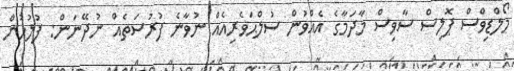
މޯލްޑިވްސް ޕޮލިސް ސާވިސް މާދަމާގެ އެއްވުން ސުލްޙަވެރިއެއް ނުވާނެ ފުރުސަތެއް ނުދޭނަން: ފުލުހުން